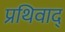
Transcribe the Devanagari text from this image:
प्रथिवाद्